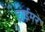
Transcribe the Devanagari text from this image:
ट्राईमर